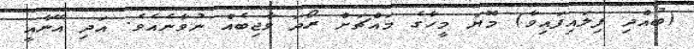
(ބުއްދި ފިލައިފައިވާ) މޮޔަ މީހާގެ މައްޗަށް ރޯދަ ވާޖިބެއް ނުވާނެއެވެ. އަދި އޭނާއީ